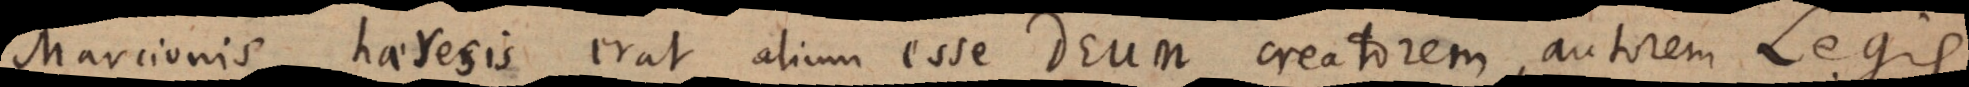
Marcionis haeresis erat alium esse Deum creatorem, autorem Legis